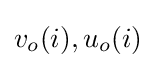
v_{o}(i),u_{o}(i)